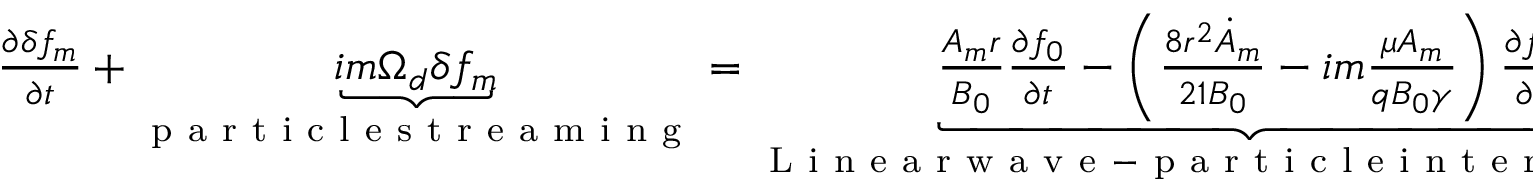
\begin{array} { r } { \frac { \partial \delta f _ { m } } { \partial t } + \underbrace { i m \Omega _ { d } \delta f _ { m } } _ { \mathrm { ~ p ~ a ~ r ~ t ~ i ~ c ~ l ~ e ~ s ~ t ~ r ~ e ~ a ~ m ~ i ~ n ~ g ~ } } = \underbrace { \frac { A _ { m } r } { B _ { 0 } } \frac { \partial f _ { 0 } } { \partial t } - \left( \frac { 8 r ^ { 2 } \dot { A } _ { m } } { 2 1 B _ { 0 } } - i m \frac { \mu A _ { m } } { q B _ { 0 } \gamma } \right) \frac { \partial f _ { 0 } } { \partial r } } _ { \mathrm { ~ L ~ i ~ n ~ e ~ a ~ r ~ w ~ a ~ v ~ e ~ - ~ p ~ a ~ r ~ t ~ i ~ c ~ l ~ e ~ i ~ n ~ t ~ e ~ r ~ a ~ c ~ t ~ i ~ o ~ n ~ } } \underbrace { - \sum _ { m ^ { \prime } } \mathcal { Q } [ S , A _ { m - m ^ { \prime } } ; \delta f _ { m ^ { \prime } } ] . } _ { \mathrm { ~ N ~ o ~ n ~ l ~ i ~ n ~ e ~ a ~ r ~ w ~ a ~ v ~ e ~ - ~ p ~ a ~ r ~ t ~ i ~ c ~ l ~ e ~ i ~ n ~ t ~ e ~ r ~ a ~ c ~ t ~ i ~ o ~ n ~ } } } \end{array}